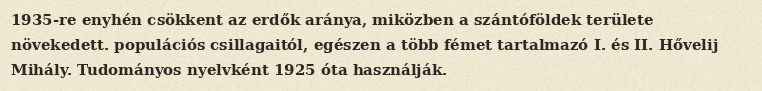
1935-re enyhén csökkent az erdők aránya, miközben a szántóföldek területe növekedett. populációs csillagaitól, egészen a több fémet tartalmazó I. és II. Hővelij Mihály. Tudományos nyelvként 1925 óta használják.